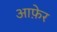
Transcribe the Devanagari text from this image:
आफ़ेर